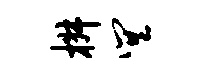
椒巽